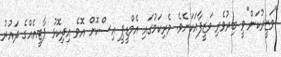
"ވަޒީރުކަން"ވީ ބިރުވެރި ވަޒީފާއަކަށެވެ. ވެރިކަމުގައި އެމްޑީޕީ އިސްކޮށް އޮވެ އިދިކޮޅު ޕާޓީއެއްގެ ދައުރު